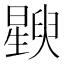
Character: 𬁚